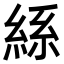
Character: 𮈔